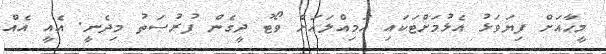
މީޙާއަށް ފިޔަވަޅު އެޅުމަށްޓަކައި އަމިއްލައަށް ވޯޓު ދީގެން ފުރުސަތު މިދެނީ. އެއީ އެއް